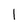
Character: I